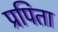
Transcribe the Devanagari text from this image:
प्रपिता